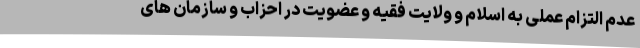
عدم التزام عملی به اسلام و ولایت فقیه و عضویت در احزاب و سازمان های